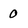
Character: O